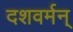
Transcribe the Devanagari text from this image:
दशवर्मन्‌